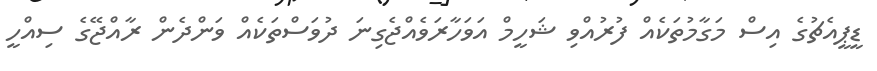
ޑީޕީއެޗުގެ އިސް މަގާމުތަކެއް ފުރުއްވި ޝަހީމް އަވަހާރަވެއްޖެގިނަ ދުވަސްތަކެއް ވަންދެން ރާއްޖޭގެ ސިއްހީ